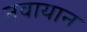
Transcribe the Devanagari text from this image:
नवायान